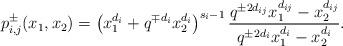
LaTeX: \begin{align*}p_{i,j}^\pm(x_1,x_2)= \left( x_1^{d_i}+q^{\mp d_i}x_2^{d_i} \right)^{s_i-1} \frac{ q^{\pm 2d_{ij}}x_1^{d_{ij}}-x_2^{d_{ij}} }{ q^{\pm 2d_i}x_1^{d_{i}}-x_2^{d_i} }.\end{align*}